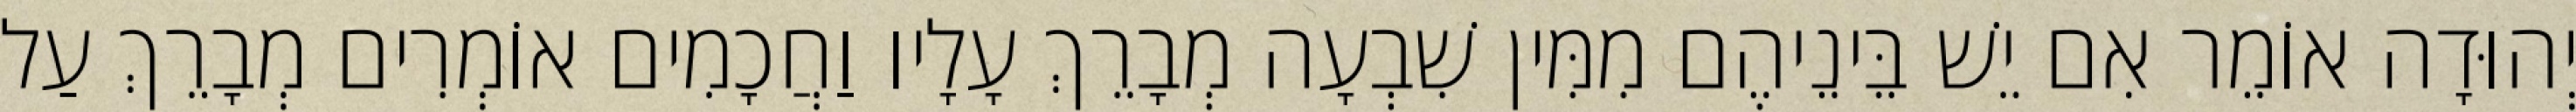
יְהוּדָה אוֹמֵר אִם יֵשׁ בֵּינֵיהֶם מִמִּין שִׁבְעָה מְבָרֵךְ עָלָיו וַחֲכָמִים אוֹמְרִים מְבָרֵךְ עַל